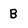
Character: B